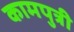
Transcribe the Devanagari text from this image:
कामपुत्री